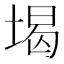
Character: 堨